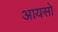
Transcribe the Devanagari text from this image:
आयसो